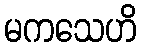
မကသေဟိ